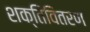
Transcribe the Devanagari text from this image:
शक्तिवितरण